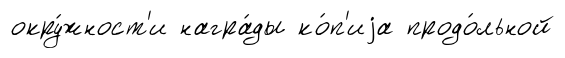
окру́жност'и награ́ды ко́п'иjа продо́льной